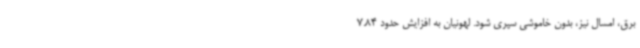
برق، امسال نیز، بدون خاموشی سپری شود. لهونیان به افزایش حدود 7.84